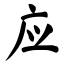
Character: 应